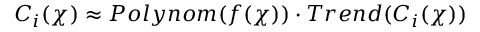
C _ { i } ( \chi ) \approx P o l y n o m ( f ( \chi ) ) \cdot T r e n d ( C _ { i } ( \chi ) )